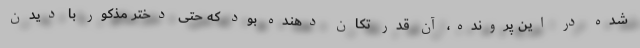
شده در این پرونده، آن قدر تکان دهنده بود که حتی دختر مذکور با دیدن